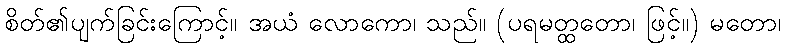
စိတ်၏ပျက်ခြင်းကြောင့်။ အယံ လောကော၊ သည်။ (ပရမတ္ထတော၊ ဖြင့်။) မတော၊